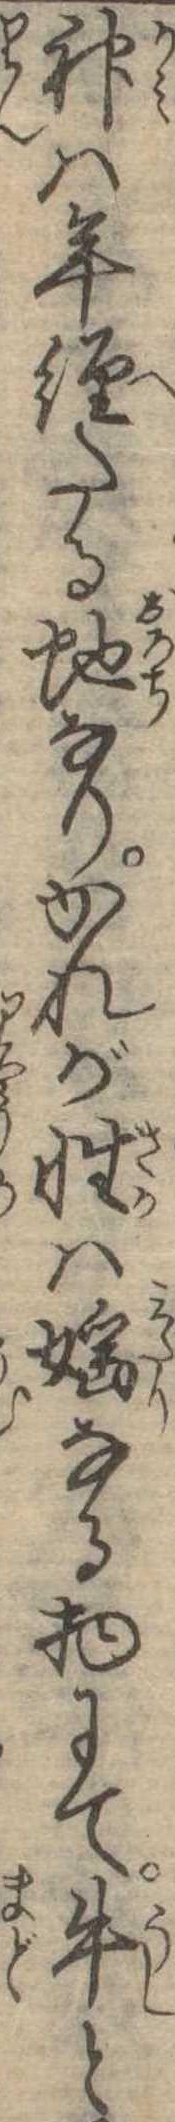
神は年経たる蛇なりかれが性は淫なる物にて牛と